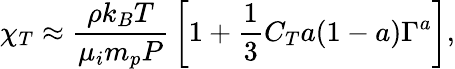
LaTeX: \chi_{T}\approx{\frac{\rho k_{B}T}{\mu_{i}m_{p}P}}\left[1+{\frac{1}{3}}C_{T}a(1-a)\Gamma^{a}\right],